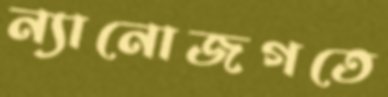
ন্যানোজগতে